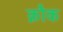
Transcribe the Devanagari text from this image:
क्नौक